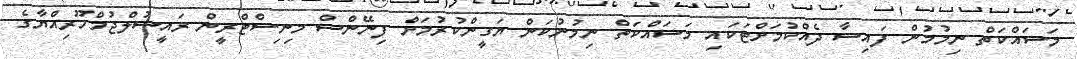
މަސައްކަތް ނިމުމުން ފައިސާ ދެއްކުމަށްޓަކައި މަސައްކަތް ނިމުނުކަން ޔަގީންކުރުމަށް ފިނޭންސް މިނިސްޓްރީން ރައީސުލްޖުމްހޫރިއްޔާގެ